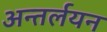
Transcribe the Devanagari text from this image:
अन्तर्लयन